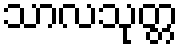
သာလသုတ္တ